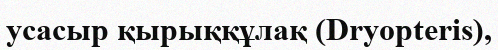
усасыр қырыққұлақ (Dryopterіs),